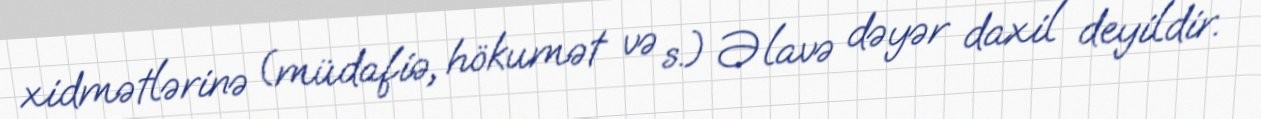
xidmətlərinə (müdafiə, hökumət və s.) Əlavə dəyər daxil deyildir.